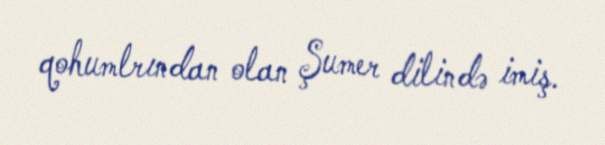
qohumlrından olan Şumer dilində imiş.